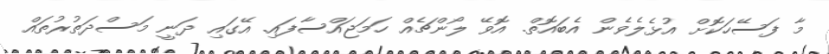
މާ ފަސޭހަކޮށް އުޅެލެވެން އެބައޮތް. އޮވޭ ލޯންޗެއް ހަމަޖައްސާފައި. އޭގައި ދަނީ މަސްދަތުރުތައް